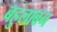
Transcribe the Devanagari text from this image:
बहुलाबन